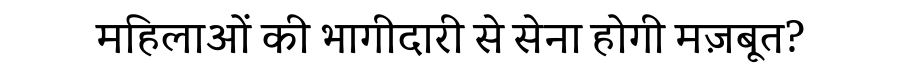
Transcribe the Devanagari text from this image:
महिलाओं की भागीदारी से सेना होगी मज़बूत?